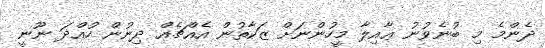
ދެންމެ މި ބުނެވުނު ޢާއިލާ މީހުންނަށް ޒަކާތުން އެއްޗެއް ދިނުން ހުއްދަ ނޫނީ